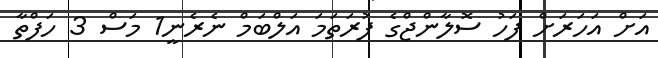
އަށް އަހަރަށް ފަހު ސޮލާންޖްގެ ފުރަތަމަ އަލްބަމް ނެރެނީ1 މަސް 3 ހަފްތާ